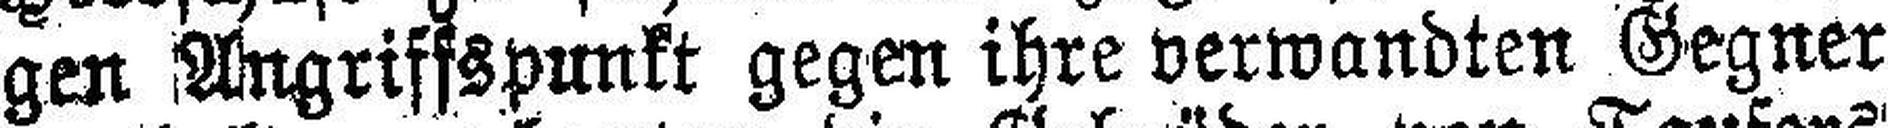
gen Angriffspunkt gegen ihre verwandten Gegner